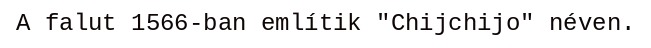
A falut 1566-ban említik "Chijchijo" néven.